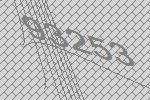
93253